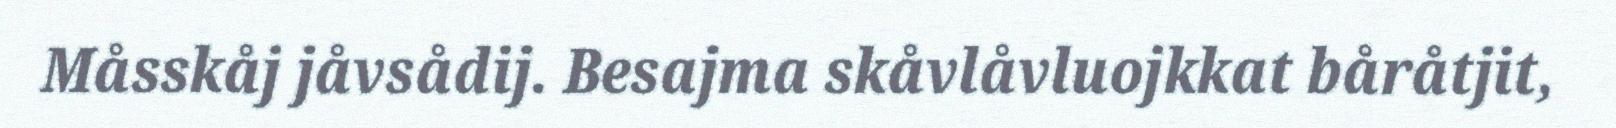
Måsskåj jåvsådij. Besajma skåvlåvluojkkat båråtjit,